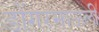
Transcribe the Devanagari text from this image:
डोंगरमाऊली